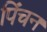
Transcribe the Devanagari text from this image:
पिंचन